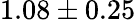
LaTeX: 1.08\pm 0.25